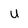
Character: U